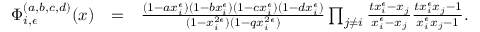
\begin{array} { r l r } { \Phi _ { i , \epsilon } ^ { ( a , b , c , d ) } ( x ) } & { = } & { \frac { ( 1 - a x _ { i } ^ { \epsilon } ) ( 1 - b x _ { i } ^ { \epsilon } ) ( 1 - c x _ { i } ^ { \epsilon } ) ( 1 - d x _ { i } ^ { \epsilon } ) } { ( 1 - x _ { i } ^ { 2 \epsilon } ) ( 1 - q x _ { i } ^ { 2 \epsilon } ) } \prod _ { j \neq i } \frac { t x _ { i } ^ { \epsilon } - x _ { j } } { x _ { i } ^ { \epsilon } - x _ { j } } \frac { t x _ { i } ^ { \epsilon } x _ { j } - 1 } { x _ { i } ^ { \epsilon } x _ { j } - 1 } . } \end{array}